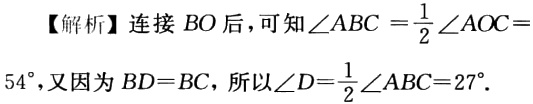
【解析】连接 \(BO\)后，可知\(\angle ABC = \frac{1}{2}\angle AOC = 54^{\circ}\)，又因为\(BD = BC\)，所以\(\angle D=\frac{1}{2}\angle ABC = 27^{\circ}\).